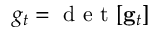
g _ { t } = \mathrm { ~ d ~ e ~ t ~ } [ { \bf g } _ { t } ]